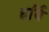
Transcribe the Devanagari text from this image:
हर्वि